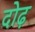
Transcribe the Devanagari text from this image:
दोढ़